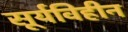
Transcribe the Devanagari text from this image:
सूर्यविहीन